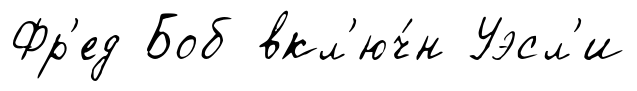
Фр'ед Боб вкл'юч́н Уэсл'и